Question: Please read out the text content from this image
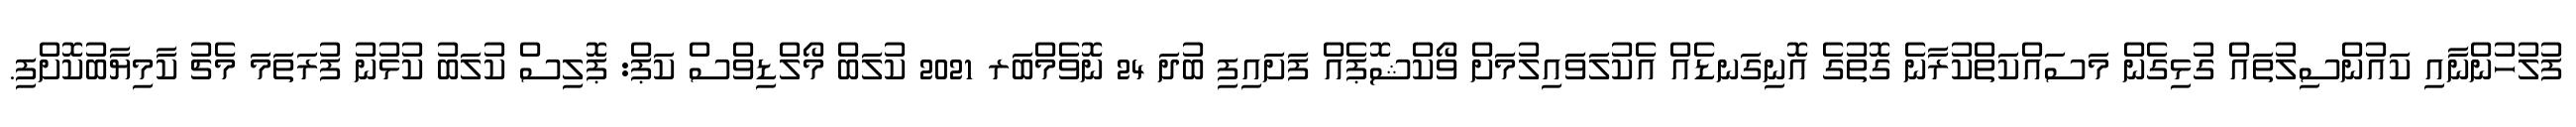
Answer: ފުލުހުންނާއި ކައުންސިލުތައް ގުޅިގެން މަސައްކަތްކުރާނެ ގޮތުގެ އޮނިގަނޑެއް އެކުލަވައިލުމަށް ވޯކްޝޮޕެއް ފަށައިފި ބުދަ 24 ނޮވެމްބަރ 2021 ކުލަބް މޯލްޑިވްސް ކަޕް: ޕޮލިސް ކުލަބު ކުޅުނު ފުރަތަމަ މެޗު ކާމިޔާބުކޮށްފި.